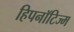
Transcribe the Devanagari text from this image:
हिपनॉटिज्म